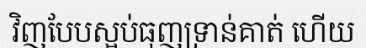
វិញបែបស្អប់ធុញទ្រាន់គាត់ ហើយ